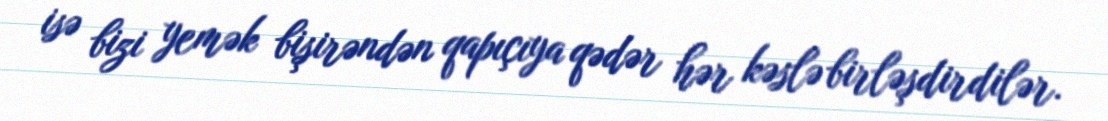
isə bizi yemək bişirəndən qapıçıya qədər hər kəslə birləşdirdilər.